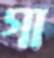
গা